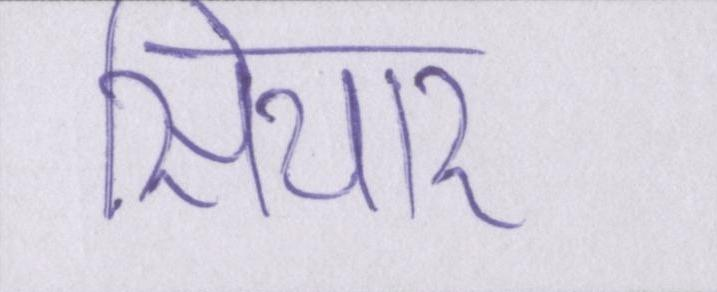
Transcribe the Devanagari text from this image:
सियार